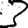
Digit: 3